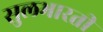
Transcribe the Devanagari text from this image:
सुलभारती